Civil Veterinary Dept. Bombay admin report 1914-1922 - 1914-1922
Year: 1914
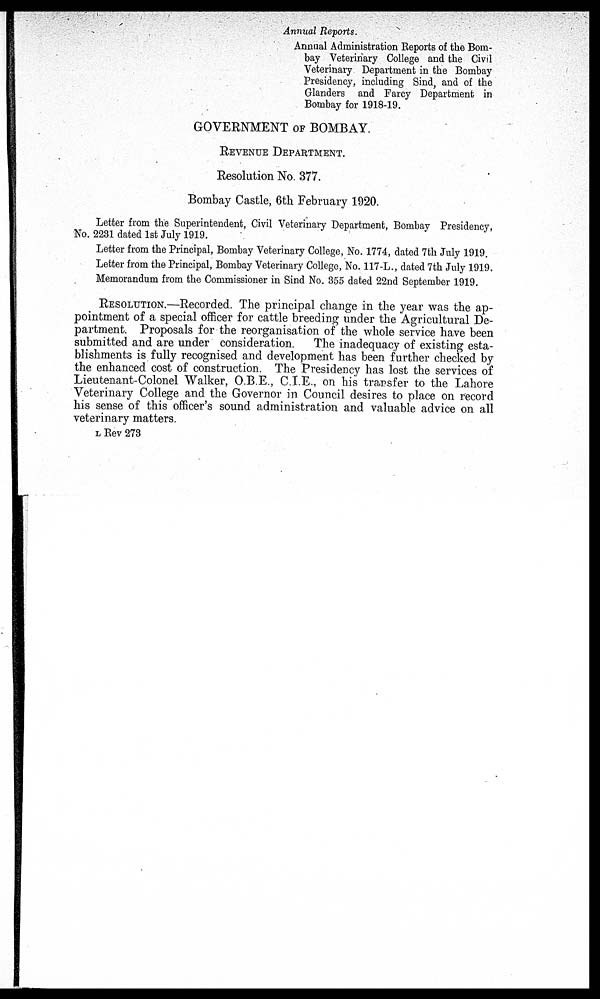
Annual Reports.
Annual Administration Reports of the Bom-
bay Veterinary College and the Civil
Veterinary Department in the Bombay
Presidency, including Sind, and of the
Glanders and Farcy Department in
Bombay for 1918-19.
GOVERNMENT OF BOMBAY.
REVENUE DEPARTMENT.
Resolution No. 377.
Bombay Castle, 6th February 1920.
Letter from the Superintendent, Civil Veterinary Department, Bombay Presidency,
No. 2231 dated 1st July 1919.
Letter from the Principal, Bombay Veterinary College, No. 1774, dated 7th July 1919.
Letter from the Principal, Bombay Veterinary College, No. 117-L., dated 7th July 1919.
Memorandum from the Commissioner in Sind No. 855 dated 22nd September 1919.
RESOLUTION.—Recorded. The principal change in the year was the ap-
pointment of a special officer for cattle breeding under the Agricultural De-
partment. Proposals for the reorganisation of the whole service have been
submitted and are under consideration.
The inadequacy of existing esta-
blishments is fully recognised and development has been further checked by
the enhanced cost of construction. The Presidency has lost the services of
Lieutenant-Colonel Walker, O.B.E., C.I.E., on his transfer to the Lahore
Veterinary College and the Governor in Council desires to place on record
his sense of this officer's sound administration and valuable advice on all
veterinary matters.
L Rev 273